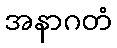
အနာဂတံ